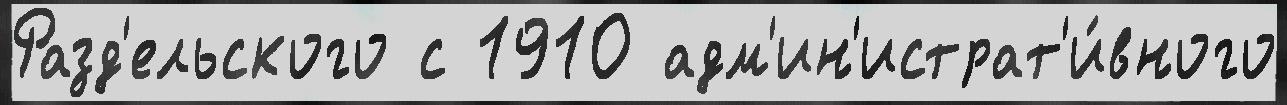
Разд'ельского с 1910 адм'ин'истрат'и́вного